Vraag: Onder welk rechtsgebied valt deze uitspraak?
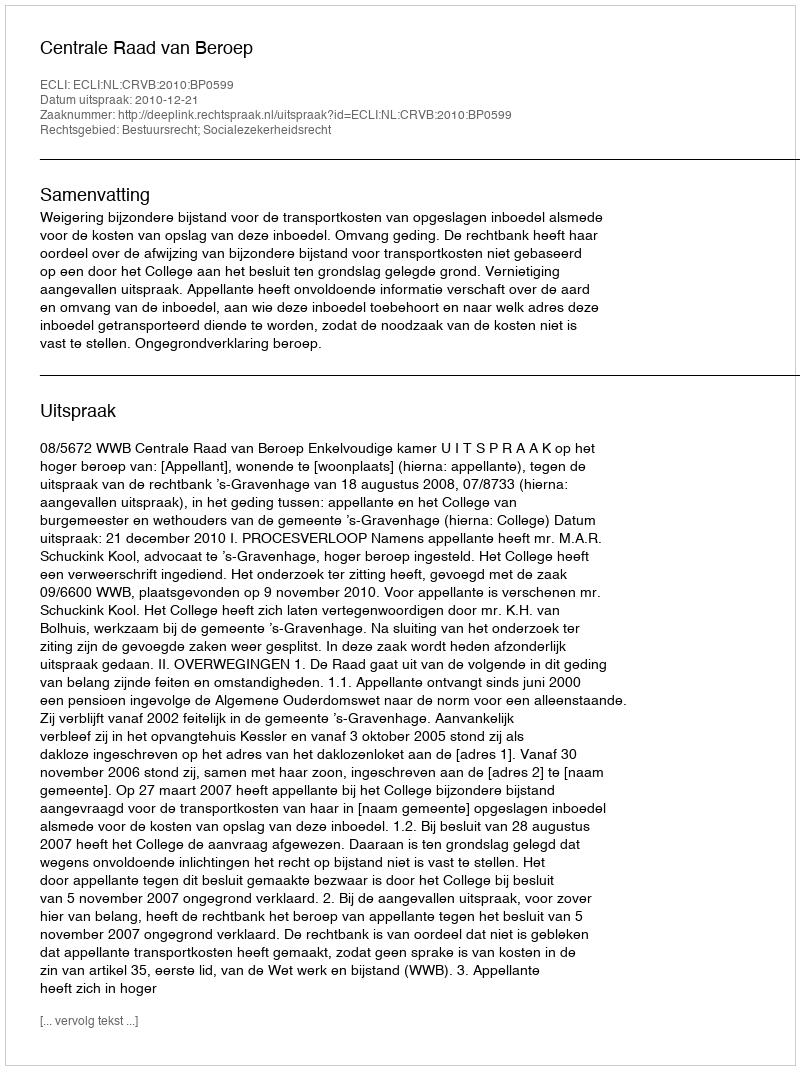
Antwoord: Bestuursrecht; Socialezekerheidsrecht